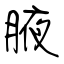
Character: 腋